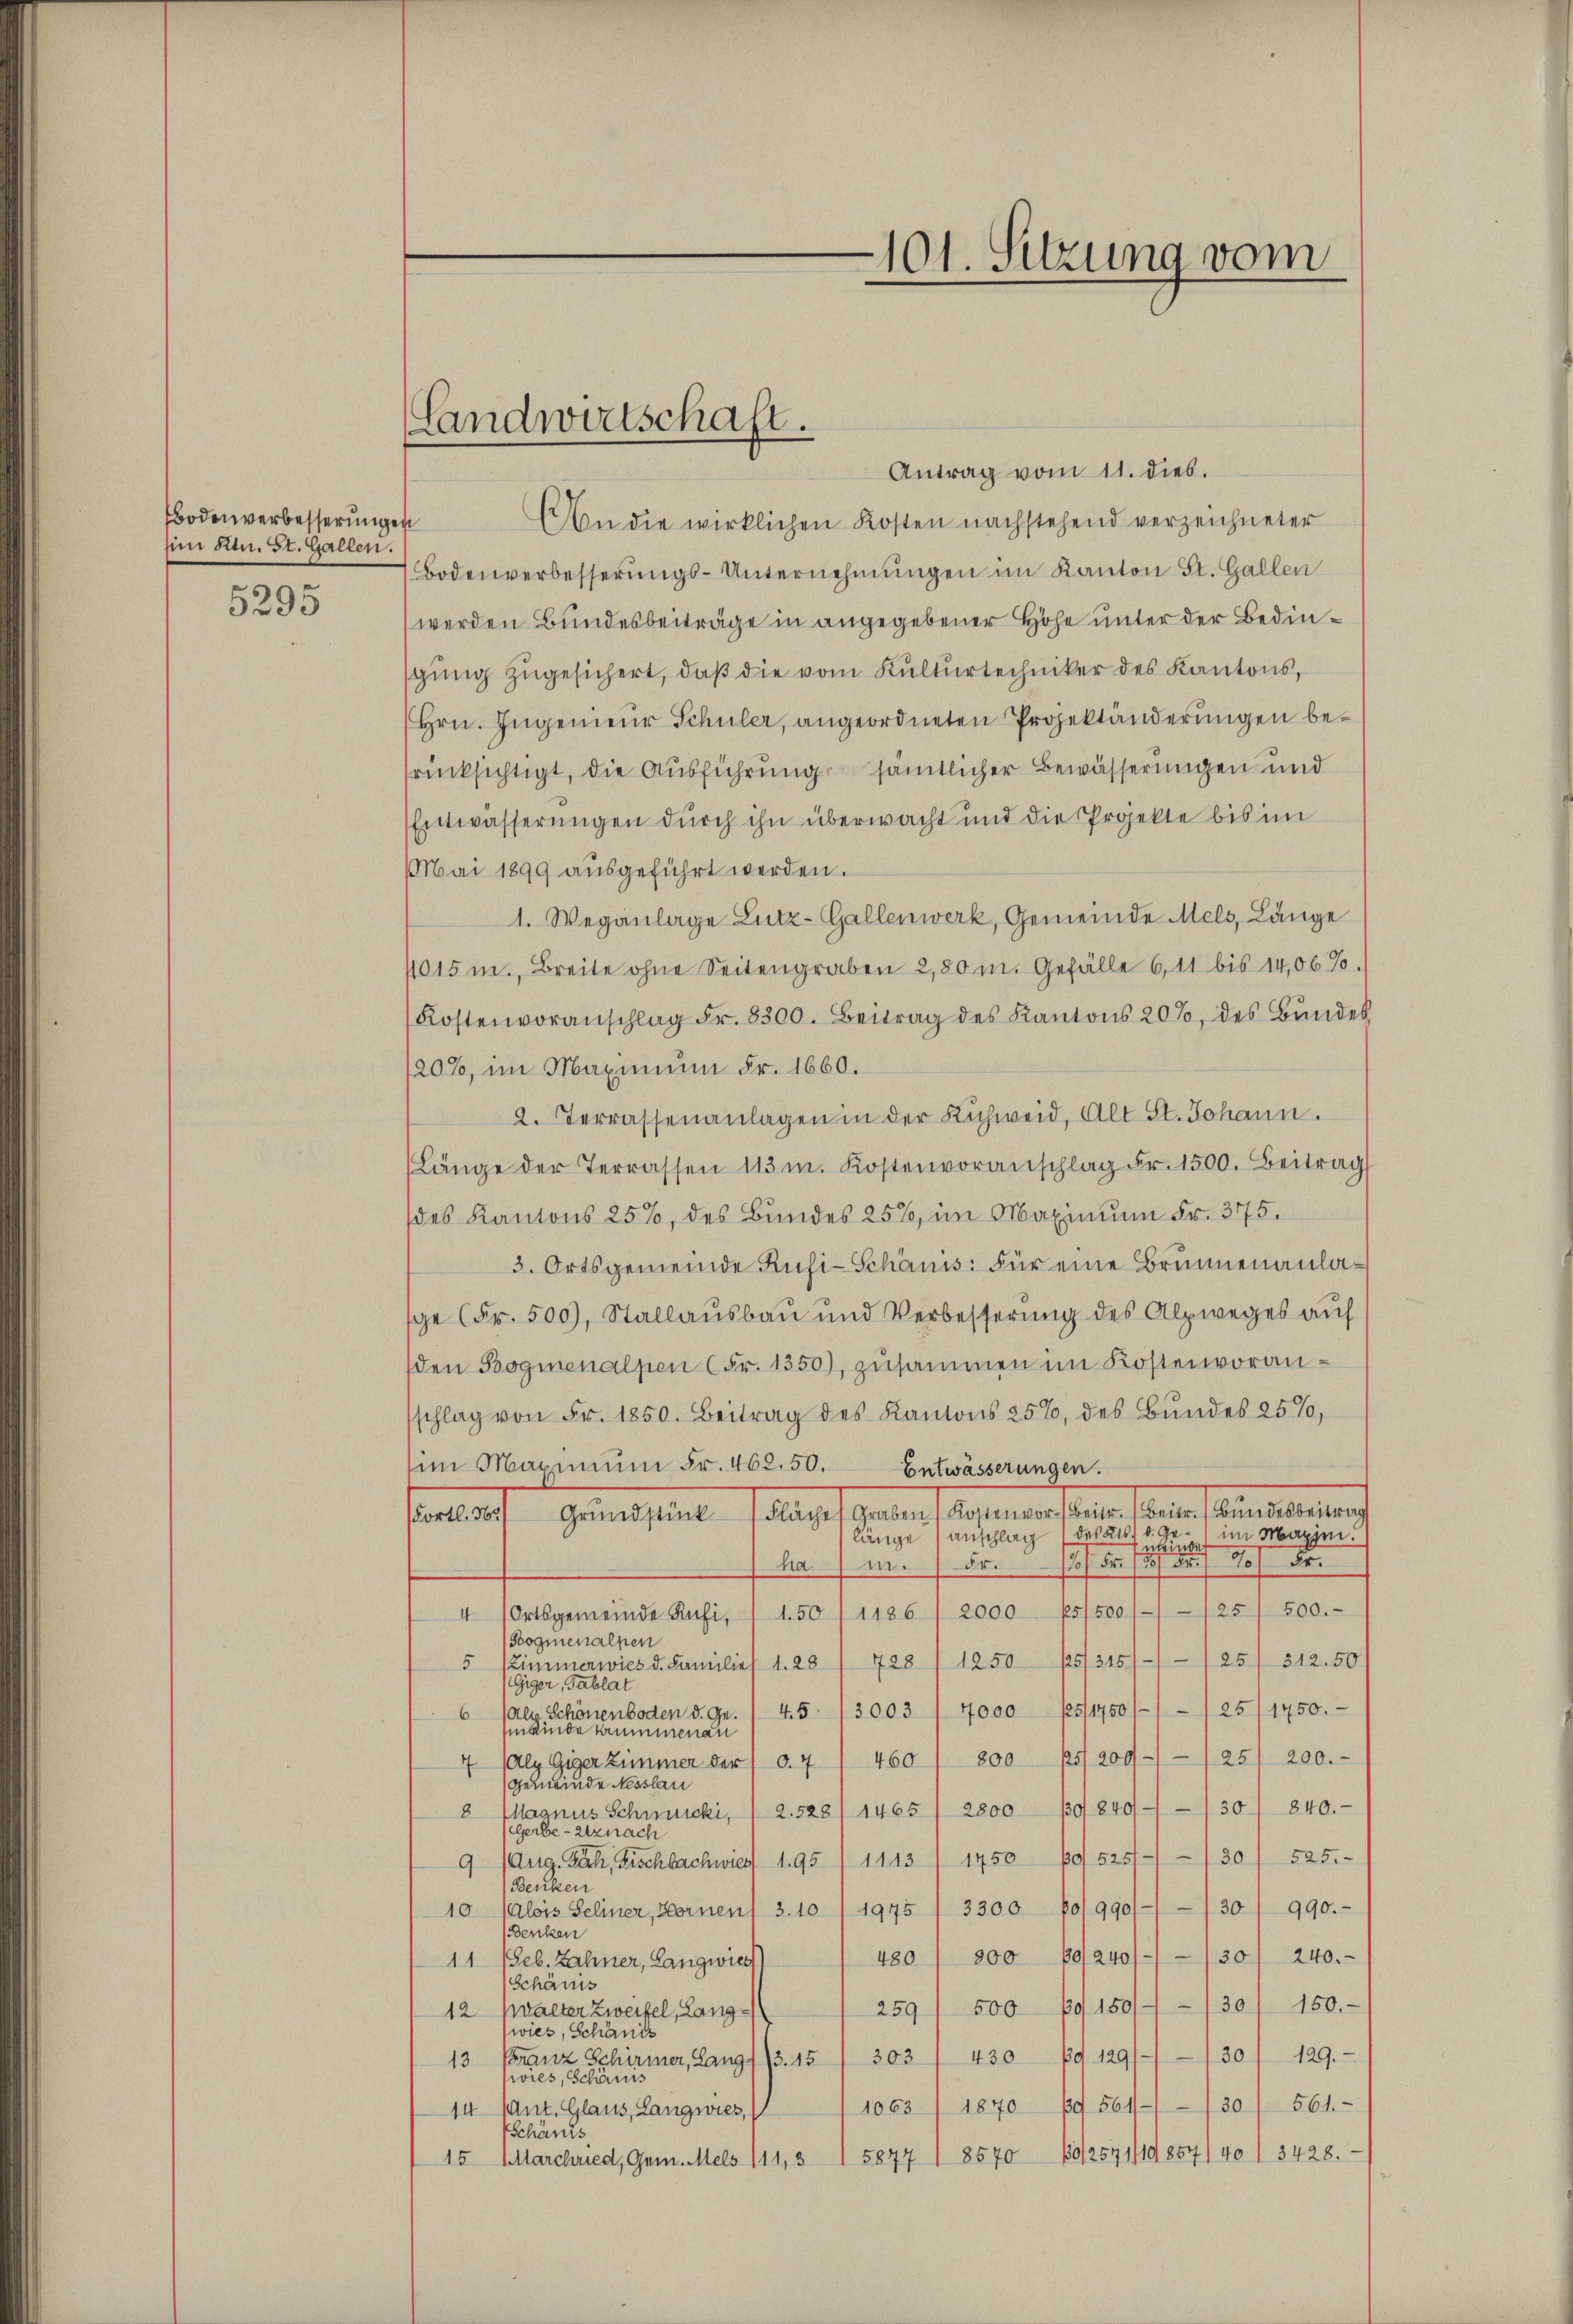
Bodenverbesserungen
Ei Ktn. St. Gallen.
5295

Antrag vom 11. dies.
An die wirklichen Kosten nachstehend verzeichneter
Bodenverbesserŭngs-Unternehmungen im Kanton St. Gallen
werden Bundesbeiträge in angegebener Höhe unter der Bedinsgung zugesichert, daß die vom Kulturtechniker des Kantons,
Hrn. Ingenieur Schüler, angeordneten Projektänderungen berücksichtigt, die Ausführungsämtlicher Bewässerungen und
Entwässerungen durch ihn überwacht und die Projekte bis im
Mai 1899 ausgeführt werden.
1. Weganlage Lutz-Gallenwerk, Gemeinde Mels, Länge
4015 m., Breite ohne Seitengraben 2,80m. Gefälle 6, 11 bis 14,06%.
Kostenvoranschlag Fr. 8300. Beitrag des Kantons 20%, des Bundes
20%, im Maximum Fr. 1660.
2. Terrassenanlagen in der Kichweid, Alt St. Johann.
Länge der Terrassen 113. Kostenvoranschlag Fr. 1500. Beitrag
(des Kantons 25%, des Bundes 25%, im Maximŭm Fr. 375.
3. Ortsgemeinde Rüfi-Schanis: Für eine Brunnenanlasge (Fr. 500), Stallaŭsbaŭ und Verbesserŭng des Alpweges auf
den Bogmenalpen (Fr. 1350), zusammen im Kostenvoransschlag von Fr. 1850. Beitrag des Kantons 25%, des Bundes 25%,
im Maximum Fr. 462.50.
Entwässerungen.
arauf Gemeistet, sollege getan, wenn ein seine wenn ein neuerung
des 216. d. Ge- im Maxim
länge anschlag
meinde
f Fr. 20 Fr.
ham. 85.
4 (Ortsgemeinde Rufi, 1.50/1186 / 2000 (5/500///25/ 500.
Sogmenalpen
5 Zimmerwies d. Familief 1. 28 (728/1250 15/315///25/ 312.50
ee eine eine
6 (als Schönenboden d. Gr. 1 4.5. (3003 / 4000 15/1750/// 25/1750.
meinde Summenau
4 (als Giger Zimmer der 10. 7 / 460 / 800 p5/200-//25/ 200.-
Gemeinde Nesslau
8 Magnus Schmucki, / 2.528/ 1465 (2800 130/840//30 840.
Gerbe-Utznach
9 (Aug. Fach, Fischbachwier) 195 (1143/1450 p01525///30) 525.
Benken
30/990.
10 (alois Seliner, Hornen 3. 10/1975 /3300 p0/990/
Benken
480 / 200 19/240///301 240.
11 (Seb. Zahner, Langwies
Schanis
259/500 p150//30/ 150.
12 Kalter Zweifel, Langwies, Schanis
13 Franz Schirmer, Lang//3. 15 / 303 / 430 89129///30/ 129.
siores, Schäris
30/ 561.
1063 (1870 p. 561
14 (Ant. Glaus, Langwies,
Tschänks
15877 1 8570 (80/2571/10 854/40 1 3428.
15 Marchried, Gem. Mels 111, 3

Landwirtschaft.

101. Sitzung vom